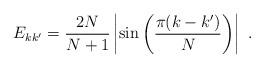
LaTeX: \begin{align*} E_{kk^\prime}={2N\over{N+1}}\left|\sin\left({\pi(k-k^\prime)\over N}\right)\right|~.\end{align*}